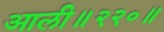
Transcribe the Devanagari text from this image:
आली॥२२०॥